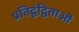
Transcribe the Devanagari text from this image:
प्रतिद्वंद्विताओं